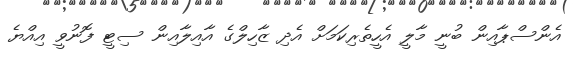
އެންސްޕާއިން ބުނީ މާލީ އެހީތެރިކަމަށް އެދި ޒާހިލްގެ އާއިލާއިން ސިޓީ ފޮނުވީ އިއްޔެ